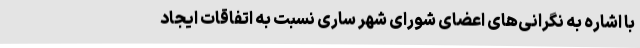
با اشاره به نگرانی‌های اعضای شورای شهر ساری نسبت به اتفاقات ایجاد